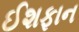
ઈશફાન